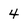
Character: 4